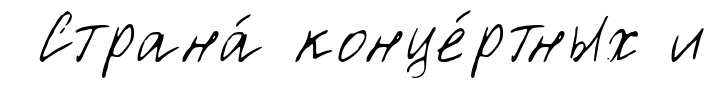
Страна́ конце́ртных и